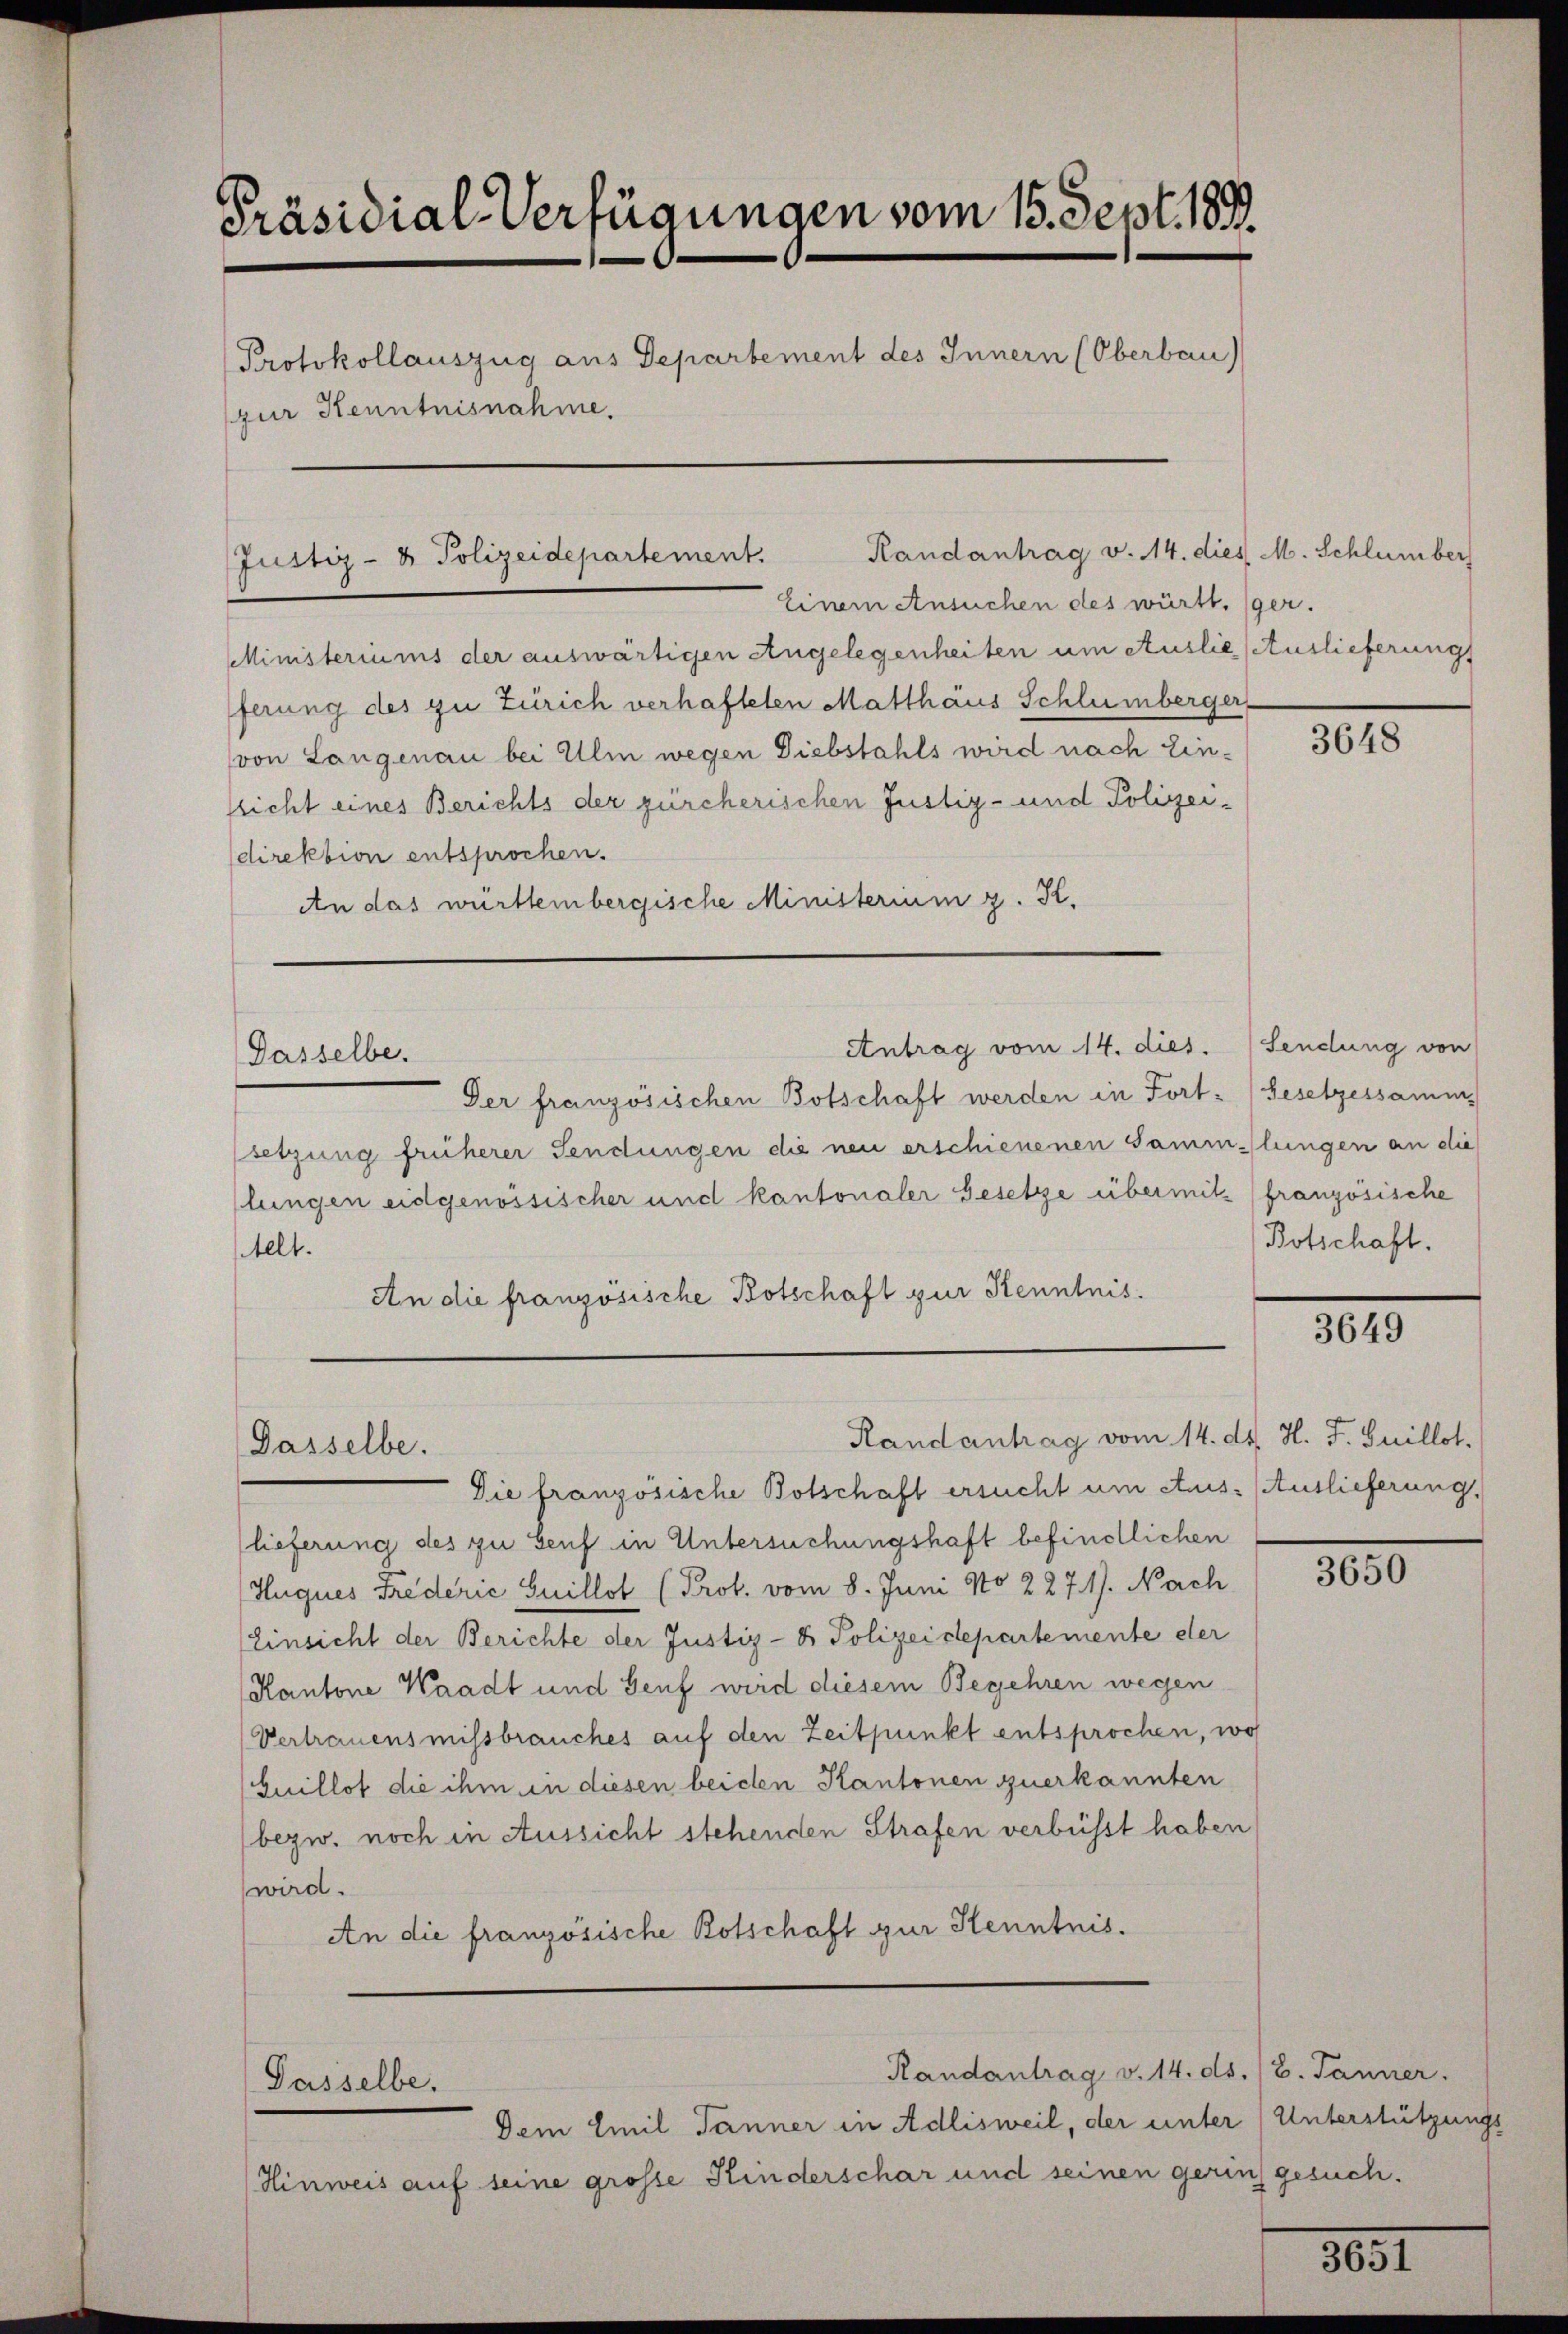
Präsidial-Verfügungen vom 15. Sept. 1891.
Protokollauszug aus Departement des Innern (Oberbau)
(zur Kenntnisnahme.

Einem Ansuchen des württ. (ger.
Ministeriums der auswärtigen Angelegenheiten um Auslie Auslieferungs
ferung des zu Zürich verhafteten Matthäus Schlumberger
(von Langenau bei Ulm wegen Diebstahls wird nach Einflicht eines Berichts der zürcherischen Justiz- und Polizei-
direktion entsprochen.
An das württembergische Ministerium g. K.

Randantrag v. 14. dies M. Schlumber
Justiz- & Polizeidepartement.

Dasselbe.

Dasselbe.

Dasselbe.

Antrag vom 14. dies. Sendung von

Randantrag vom 14. ds. H. J. Guillot.

Randantrag v. 14. ds. /8. Jänner.

Dem Emil Jänner in Adlisweil, der unter (Unterstützungs-
Hinweis auf seine grosse Kinderschar und seinen gerin gesuch.

Der französischen Botschaft werden in Fort- (Gesetzessamm-
setzung früherer Sendungen die neu erschienenen Sammlungen an die
lungen eidgenössischer und kantonaler Gesetze übermitz (französische
Aelt.
An die französische Botschaft zur Kenntnis.

Die französische Botschaft ersucht um Aus- (Auslieferung,
lieferung des zu Genf in Untersuchungshaft befindlichen
Huques Friederić Guillot (Prot. vom 8. Juni No 227.1). Nach
Einsicht der Berichte der Justiz- & Polizeidepartemente der
Kantone Waadt und Genf wird diesem Begehren wegen
Vertrauensmissbrauches auf den Zeitpunkt entsprochen, wo
(Guillof die ihm in diesen beiden Kantonen zuerkannten
bezw. noch in Aussicht stehenden Strafen verbüsst haben
wird.
An die französische Botschaft zur Kenntnis.

3648

Botschaft.

3649

3000

2051